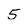
Character: 5